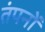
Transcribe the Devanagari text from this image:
तंपनों